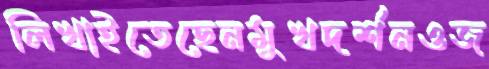
লিখাইতেছেনমুখদর্শনওজ